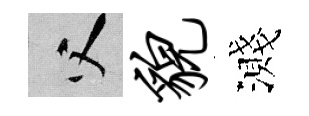
父貌濺